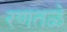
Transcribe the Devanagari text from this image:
रणतळे